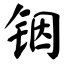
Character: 铟